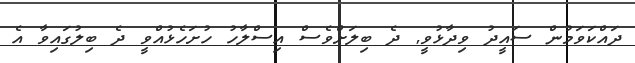
ދައްކަވަމުން ސައީދު ވިދާޅުވީ